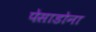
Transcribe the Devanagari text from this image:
पेसाडोना